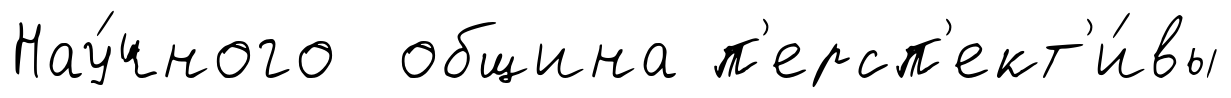
Нау́чного община п'ерсп'ект'и́вы